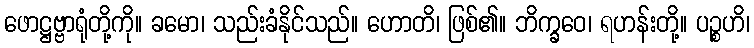
ဖောဋ္ဌဗ္ဗာရုံတို့ကို။ ခမော၊ သည်းခံနိုင်သည်။ ဟောတိ၊ ဖြစ်၏။ ဘိက္ခဝေ၊ ရဟန်းတို့။ ပဉ္စဟိ၊